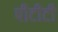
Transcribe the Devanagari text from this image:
पीटीटी